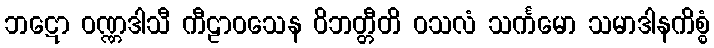
ဘဋော ဝဏ္ဏဒါသီ ကီဠာဝသေန ဝိဘတ္တီတိ ဝသလံ သင်္ကမော သမာဒါနကိစ္စံ